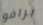
برافو